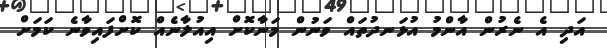
އަދި އެ ނެރުން އާންމު އުޅަނދުތައް ވަނުން މަނާކޮށް އިއުލާނެއް ކޮށްފައިވާނެ ކަމަށް